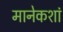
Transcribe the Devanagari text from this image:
मानेकशां